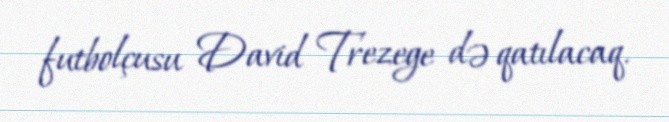
futbolçusu David Trezege də qatılacaq.